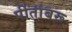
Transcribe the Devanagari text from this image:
पीतांबरू